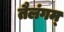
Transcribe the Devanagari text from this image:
तैलंगम्